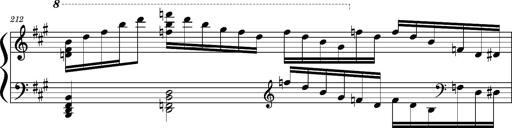
Title: Concerto sans orchestre, S.524a
Composer: Franz Liszt
Key: A major